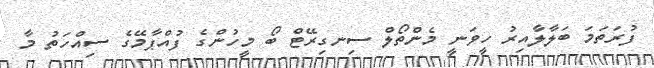
ފުރަތަމަ ބަލާލާއިރު ހީވަނީ މެންތޯލް ސިނގިރޭޓް ބޯ މީހުންގެ ފުއްޕާމޭގެ ސިއްހަތު މާ